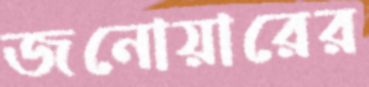
জনোয়ারের